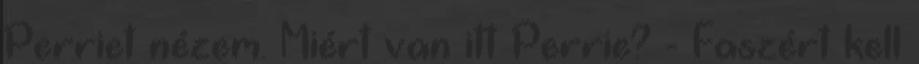
Perriet nézem. Miért van itt Perrie? - Faszért kell